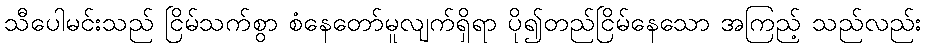
သီပေါမင်းသည် ငြိမ်သက်စွာ စံနေတော်မူလျက်ရှိရာ ပို၍တည်ငြိမ်နေသော အကြည့် သည်လည်း